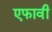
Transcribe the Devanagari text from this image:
एफावी